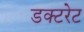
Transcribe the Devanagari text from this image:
डक्टरेट